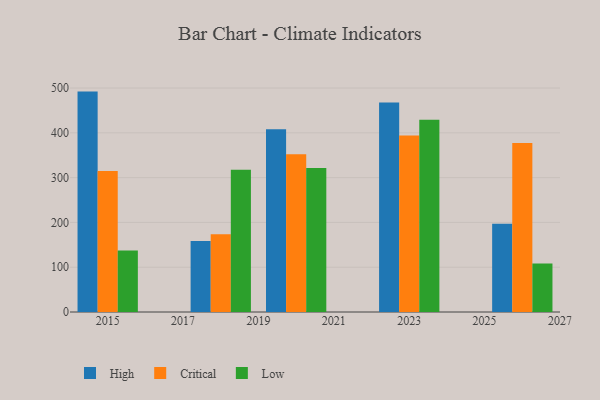
{"axis": {"x": "Year", "y": "Backlog"}, "legend": ["Critical", "High", "Low"], "data": [{"x": "2015", "y": 492.0, "type": "High"}, {"x": "2015", "y": 314.5, "type": "Critical"}, {"x": "2015", "y": 137.2, "type": "Low"}, {"x": "2026", "y": 197.1, "type": "High"}, {"x": "2026", "y": 377.2, "type": "Critical"}, {"x": "2026", "y": 108.2, "type": "Low"}, {"x": "2018", "y": 158.6, "type": "High"}, {"x": "2018", "y": 173.3, "type": "Critical"}, {"x": "2018", "y": 317.8, "type": "Low"}, {"x": "2023", "y": 467.9, "type": "High"}, {"x": "2023", "y": 394.2, "type": "Critical"}, {"x": "2023", "y": 429.0, "type": "Low"}, {"x": "2020", "y": 407.9, "type": "High"}, {"x": "2020", "y": 352.4, "type": "Critical"}, {"x": "2020", "y": 321.6, "type": "Low"}]}